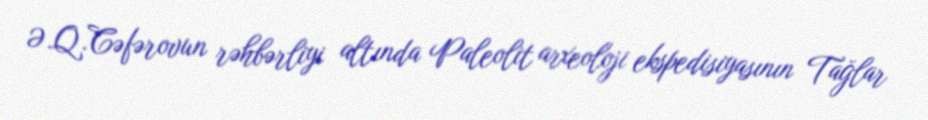
Ə.Q.Cəfərovun rəhbərliyi altında Paleolit arxeoloji ekspedisiyasının Tağlar